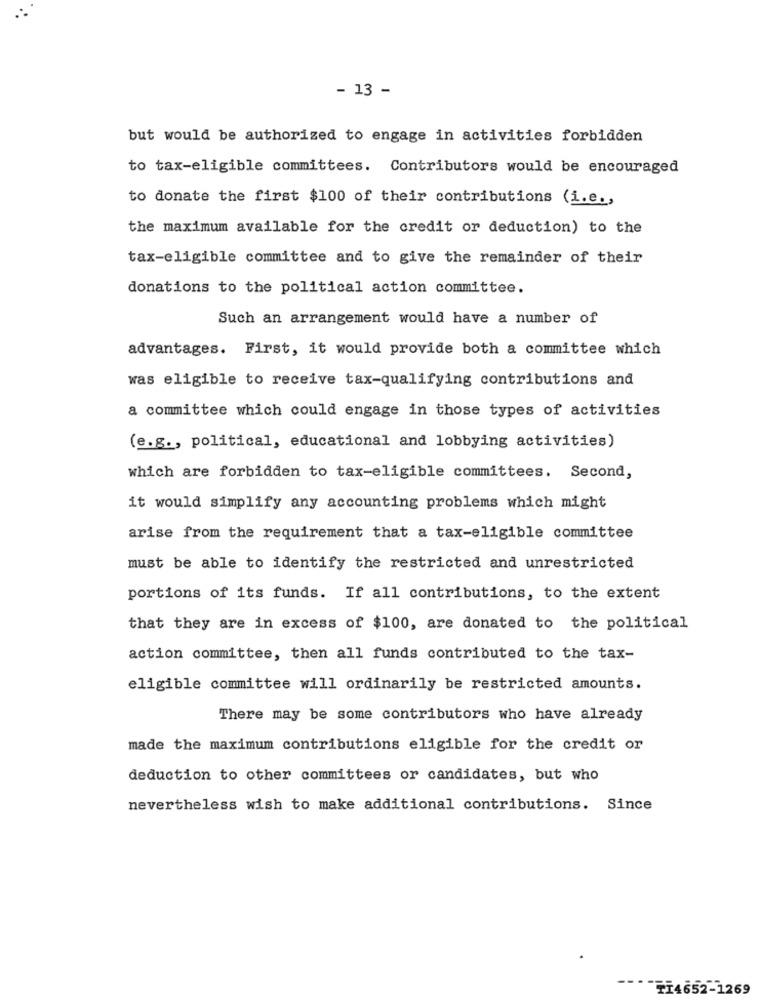
- 13 -
but would be authorized to engage in activities forbidden
to tax-eligible committees. Contributors would be encouraged
to donate the first $100 of their contributions (i.e .,
the maximum available for the credit or deduction) to the
tax-eligible committee and to give the remainder of their
donations to the political action committee.
Such an arrangement would have a number of
advantages. First, it would provide both a committee which
was eligible to receive tax-qualifying contributions and
a committee which could engage in those types of activities
(e.g ., political, educational and lobbying activities)
which are forbidden to tax-eligible committees. Second,
it would simplify any accounting problems which might
arise from the requirement that a tax-eligible committee
must be able to identify the restricted and unrestricted
portions of its funds. If all contributions, to the extent
that they are in excess of $100, are donated to the political
action committee, then all funds contributed to the tax-
eligible committee will ordinarily be restricted amounts.
There may be some contributors who have already
made the maximum contributions eligible for the credit or
deduction to other committees or candidates, but who
nevertheless wish to make additional contributions. Since
TI4652-1269